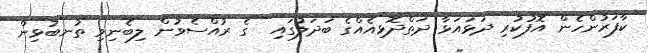
ކާފަރުންހެން އޮފުކުރި ދަޅައަޅާ ދަތްދޮޅިއެއްގެ ބަދަލުގައި  ގެ ރުއްސެވުން ލިބެނިވި ތުނބުޅިން